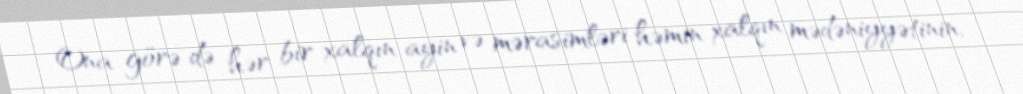
Ona görə də hər bir xalqın ayin və mərasimləri həmin xalqın mədəniyyətinin,